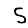
Digit: 5